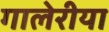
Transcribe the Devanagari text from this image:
गालेरीया